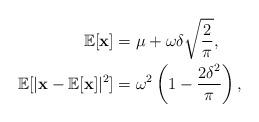
LaTeX: \begin{align*}\mathbb{E}[\mathbf{x}] &= \mu + \omega \delta \sqrt{\frac{2}{\pi}},\\\mathbb{E}[|\mathbf{x} - \mathbb{E}[\mathbf{x}]|^2] &= \omega^2 \left(1-\frac{2 \delta^2}{\pi}\right),\end{align*}